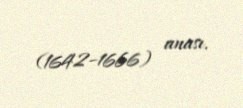
(1642–1666) anası.